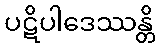
ပဋိပါဒေဿန္တိ